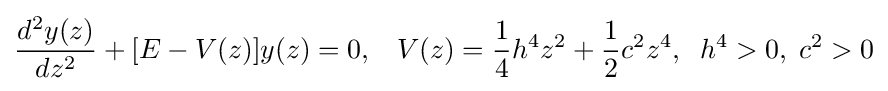
{\frac {d^{2}y(z)}{dz^{2}}}+[E-V(z)]y(z)=0,\;\;\;V(z)={\frac {1}{4}}h^{4}z^{2}+{\frac {1}{2}}c^{2}z^{4},\;\;h^{4}>0,\;c^{2}>0